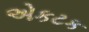
એકટક